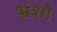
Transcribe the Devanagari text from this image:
भ्रंशो